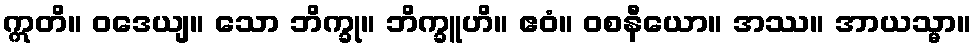
ဣတိ။ ဝဒေယျ။ သော ဘိက္ခု။ ဘိက္ခူဟိ။ ဧဝံ။ ဝစနီယော။ အဿ။ အာယသ္မာ။